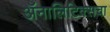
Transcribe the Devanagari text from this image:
ॲनालिटिक्सचा